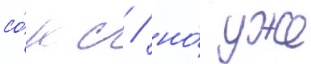
со́кс / но́ уже